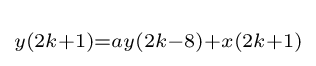
\scriptstyle y(2k+1)=ay(2k-8)+x(2k+1)